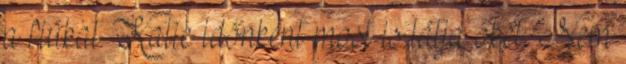
a fiúkat. Katie időnként most is látja őket. .Nem